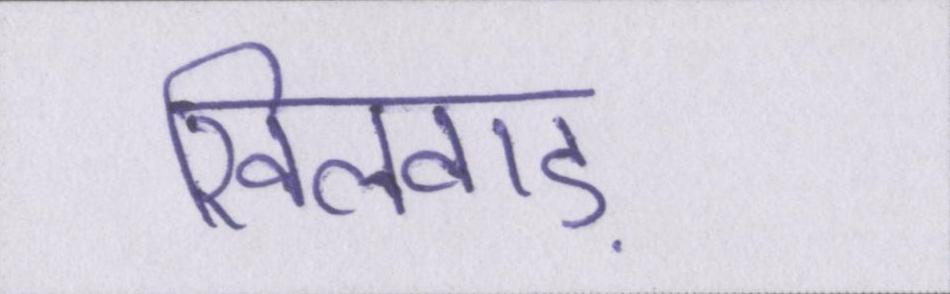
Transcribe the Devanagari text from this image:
खिलवाड़